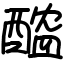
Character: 醓